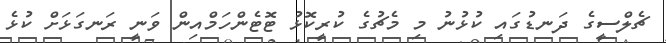
ޗެލްސީގެ ދަނޑުގައި ކުޅުނު މި މެޗުގެ ކުރީކޮޅު ޓޮޓެންހަމްއިން ވަނީ ރަނގަޅަށް ކުޅެ